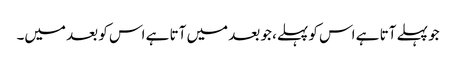
جو پہلے آتا ہے اس کو پہلے، جو بعد میں آتا ہے اس کو بعد میں۔